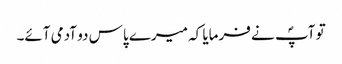
تو آپؐ نے فرمایا کہ میرے پاس دو آدمی آئے۔